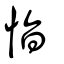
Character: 恉